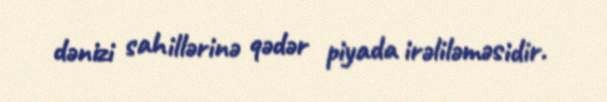
dənizi sahillərinə qədər piyada irəliləməsidir.